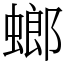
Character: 螂